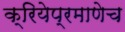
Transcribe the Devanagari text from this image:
क्रियेप्रमाणेच